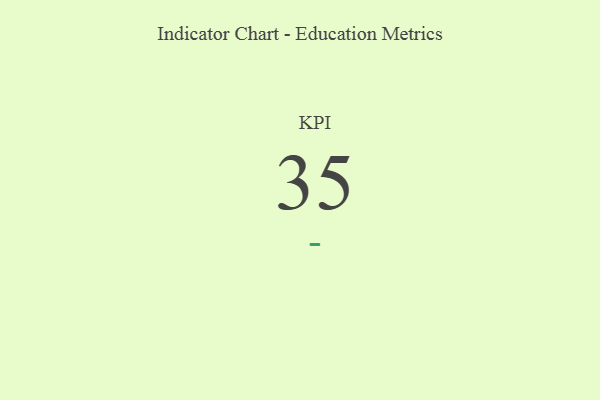
{"axis": {"x": "KPI", "y": "Value"}, "legend": [""], "data": [{"x": "KPI", "y": 35, "type": ""}]}